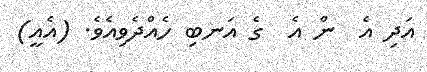
އަދި އެ  ން އެ  ގެ އަނބި ހެއްދެވިއެވެ. (އެއީ)